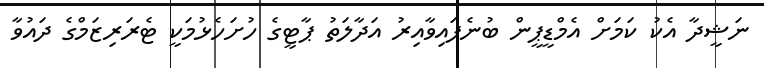
ނަޝީދާ އެކު ކަމަށް އެމްޑީޕީން ބުނެފައިވާއިރު އަދާލަތު ޕާޓީގެ ހުށަހެޅުމަކީ ޓެރަރިޒަމްގެ ދައުވާ